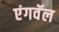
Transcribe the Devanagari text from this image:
एंगवॅल